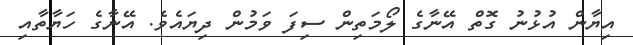
އިޔާން އުޅުނު ގޮތް އޭނާގެ ލޯމަތިން ސިފަ ވަމުން ދިޔައެވެ. އޭނާގެ ހަޔާތާއި